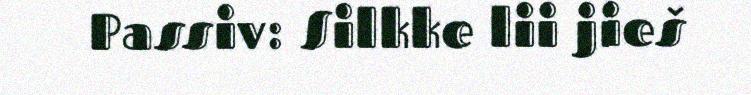
Passiv: Silkke lii jieš